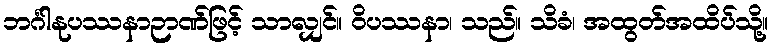
ဘင်္ဂါနုပဿနာဉာဏ်ဖြင့် သာလျှင်။ ဝိပဿနာ၊ သည်။ သိခံ၊ အထွတ်အထိပ်သို့။